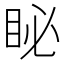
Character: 䀣